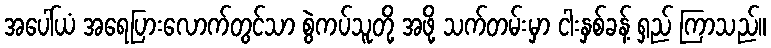
အပေါ်ယံ အရေပြားလောက်တွင်သာ စွဲကပ်သူတို့ အဖို့ သက်တမ်းမှာ ငါးနှစ်ခန့် ရှည် ကြာသည်။